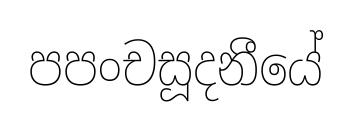
පපංචසූදනීයේ